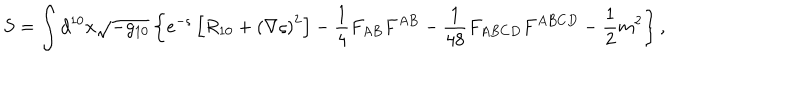
S = \int d ^ { 1 0 } x \sqrt { - g _ { 1 0 } } \left\{ e ^ { - \varsigma } \left[ R _ { 1 0 } + \left( \nabla \varsigma \right) ^ { 2 } \right] - \frac { 1 } { 4 } F _ { A B } F ^ { A B } - \frac { 1 } { 4 8 } F _ { A B C D } F ^ { A B C D } - \frac { 1 } { 2 } m ^ { 2 } \right\} ,